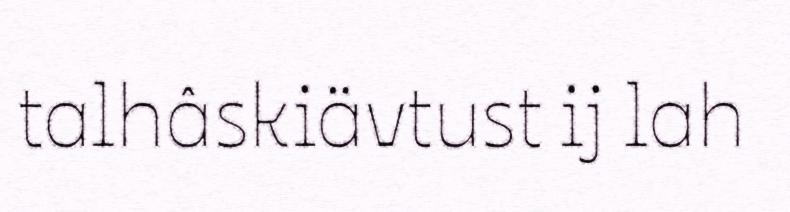
talhâskiävtust ij lah